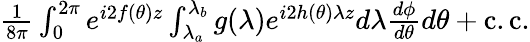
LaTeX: \begin{array}{r}{\frac{1}{8\pi}\int_{0}^{2\pi}e^{i2f(\theta)z}\int_{\lambda_{a}}^{\lambda_{b}}g(\lambda)e^{i2h(\theta)\lambda z}d\lambda\frac{d\phi}{d\theta}d\theta+\mathrm{c.c.}}\end{array}